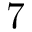
7